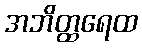
အဘိတ္ထရေထ